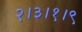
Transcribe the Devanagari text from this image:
२।३।१।९